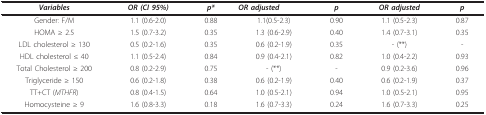
<table><thead><tr><td><b><i>Variables</i></b></td><td><b><i>OR (CI 95%)</i></b></td><td><b><i>p*</i></b></td><td><b><i>OR adjusted</i></b></td><td><b><i>p</i></b></td><td><b><i>OR adjusted</i></b></td><td><b><i>p</i></b></td></tr></thead><tbody><tr><td>Gender: F/M</td><td>1.1 (0.6-2.0)</td><td>0.88</td><td>1.1(0.5-2.3)</td><td>0.90</td><td>1.1 (0.5-2.3)</td><td>0.87</td></tr><tr><td>HOMA ≥ 2.5</td><td>1.5 (0.7-3.2)</td><td>0.35</td><td>1.3 (0.6-2.9)</td><td>0.40</td><td>1.4 (0.7-3.1)</td><td>0.35</td></tr><tr><td>LDL cholesterol ≥ 130</td><td>0.5 (0.2-1.6)</td><td>0.35</td><td>0.6 (0.2-1.9)</td><td>0.35</td><td>- (**)</td><td>-</td></tr><tr><td>HDL cholesterol ≤ 40</td><td>1.1 (0.5-2.4)</td><td>0.84</td><td>0.9 (0.4-2.1)</td><td>0.82</td><td>1.0 (0.4-2.2)</td><td>0.93</td></tr><tr><td>Total Cholesterol ≥ 200</td><td>0.8 (0.2-2.9)</td><td>0.75</td><td>- (**)</td><td>-</td><td>0.9 (0.2-3.6)</td><td>0.96</td></tr><tr><td>Triglyceride ≥ 150</td><td>0.6 (0.2-1.8)</td><td>0.38</td><td>0.6 (0.2-1.9)</td><td>0.40</td><td>0.6 (0.2-1.9)</td><td>0.37</td></tr><tr><td>TT+CT (<i>MTHFR</i>)</td><td>0.8 (0.4-1.5)</td><td>0.64</td><td>1.0 (0.5-2.1)</td><td>0.94</td><td>1.0 (0.5-2.1)</td><td>0.95</td></tr><tr><td>Homocysteine ≥ 9</td><td>1.6 (0.8-3.3)</td><td>0.18</td><td>1.6 (0.7-3.3)</td><td>0.24</td><td>1.6 (0.7-3.3)</td><td>0.25</td></tr></tbody></table>